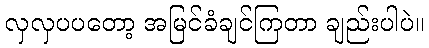
လှလှပပတော့ အမြင်ခံချင်ကြတာ ချည်းပါပဲ။